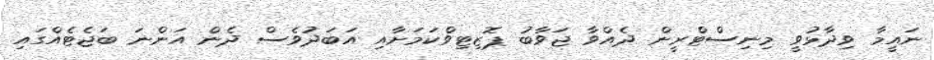
ނައީމާ ވިދާޅުވީ މިނިސްޓްރީން ދެއްވާ ޖަވާބު ޕޮޒިޓިވްކަމަށާއި އަބަދުވެސް ދެން އަންނަ ބަޖެޓެއްގައި